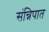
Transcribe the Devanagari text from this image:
संन्निपात